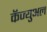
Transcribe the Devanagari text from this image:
कॅज्युअल